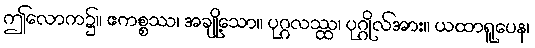
ဤလောက၌။ ဧကစ္စဿ၊ အချို့သော။ ပုဂ္ဂလဿ္ထ၊ ပုဂ္ဂိုလ်အား။ ယထာရူပေန၊